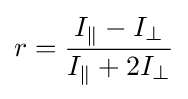
r={I_{\parallel }-I_{\perp } \over I_{\parallel }+2I_{\perp }}